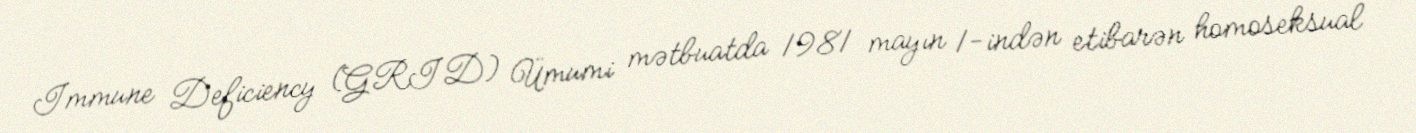
Immune Deficiency (GRID) Ümumi mətbuatda 1981 mayın 1-indən etibarən homoseksual